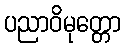
ပညာဝိမုတ္တော